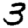
Digit: 3